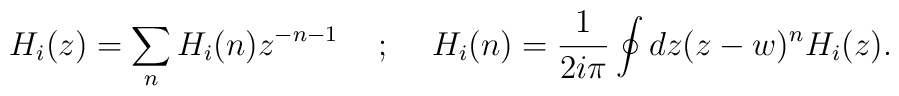
H_{i}(z) = \sum_{n}H_{i}(n)z^{-n-1}\hspace{5mm} ; \hspace{5mm}H_{i}(n) =\frac{1}{2i\pi}\oint{dz(z - w)^{n}H_{i}(z)} .